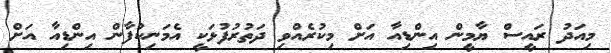
މިއަދު ރައީސް ޔާމީން އިންޑިއާ އަށް މިކުރެއްވި ދަތުރުފުޅަކީ އެމަނިކުފާން އިންޑިއާ އަށް